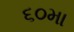
૬૦મા